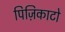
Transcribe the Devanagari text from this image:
पिज़िकाटो